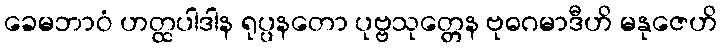
ခေမဘာဝံ ဟတ္ထပါဒါန ရုပ္ပနတော ပုဗ္ဗသုတ္တေန ဗုဓဂမာဒီဟိ မနုဇေဟိ